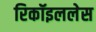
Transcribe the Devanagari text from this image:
रिकॉइललेस